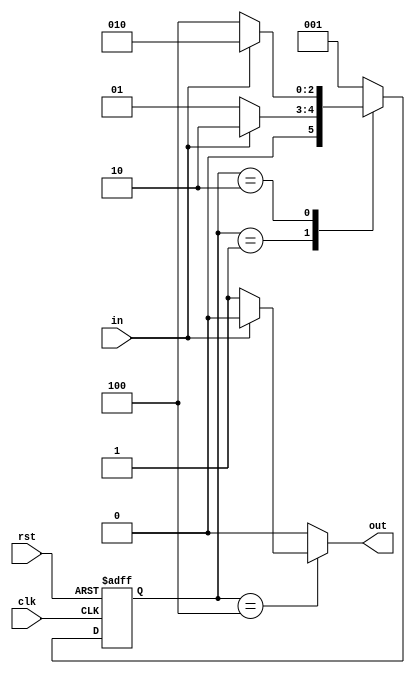
module MyFSM(in,clk,rst,out);
input in, clk, rst;
output out;
reg out;
reg [2:0] cS; //state elements of the FSM
reg [2:0] nS; //holds the next state
//state encoding (one-hot)
parameter S0=3'b001,S1=3'b010,S2=3'b100;
//combinational logic for state transition
always @(*) begin
	case (cS)
		S0:	if (in==1'b1)
				nS=S1;
		   	else
				nS=S0;
		S1:     if (in==1'b0)
                                nS=S2;
                        else
                                nS=S1;
		S2:	nS=S0;
	   default: nS=S0;
   	endcase	   
end
//combinational logic for output
always @(*) begin
	case (cS)
		S0:     out=1'b0;                                
                S1:     out=1'b0;
                S2:     if (in==1'b0)
                                out=1'b1;
                        else
                                out=1'b0;
           default: out=1'b0;
        endcase
end
//state transition on clock edges
always @(posedge clk or posedge rst) begin
	if (rst)
		cS<=S0;
	else
		cS<=nS;
end
endmodule